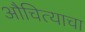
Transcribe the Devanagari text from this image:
औचित्याचा